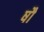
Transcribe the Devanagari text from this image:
षौ